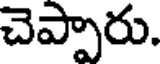
చెప్పారు.